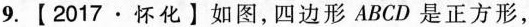
9.【2017·怀化】如图，四边形ABCD是正方形，